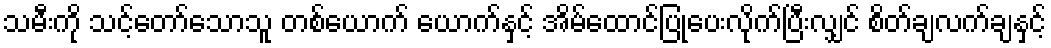
သမီးကို သင့်တော်သောသူ တစ်ယောက် ယောက်နှင့် အိမ်ထောင်ပြုပေးလိုက်ပြီးလျှင် စိတ်ချလက်ချနှင့်